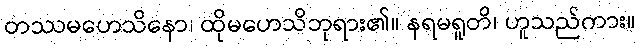
တဿမဟေသိနော၊ ထိုမဟေသိဘုရား၏။ နရမရူတိ၊ ဟူသည်ကား။